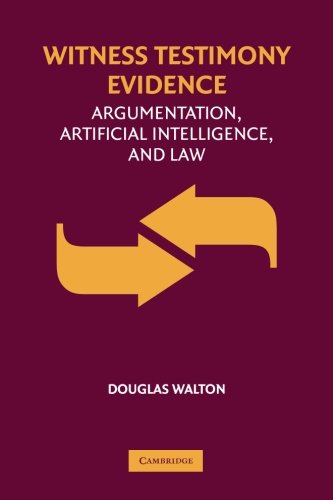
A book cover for Witness Testimony Evidence: Argumentation and the Law; Douglas Walton; Law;